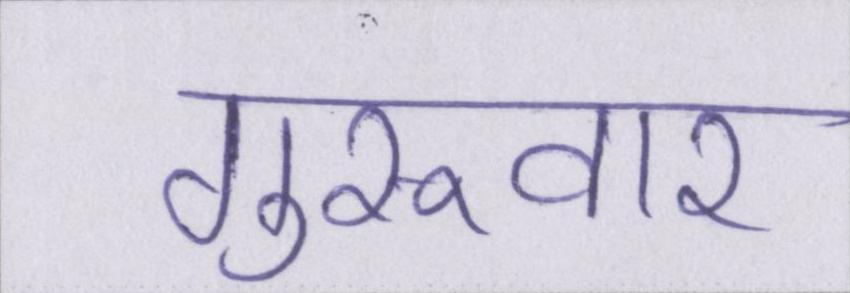
गुरूवार